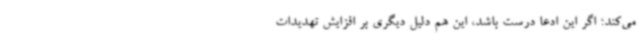
می‌کند؛ اگر این ادعا درست باشد، این هم دلیل دیگری بر افزایش تهدیدات